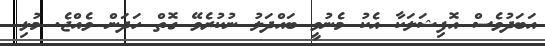
އަބަދުވެސް އޮފިޝަލަކާ އެކު މެނުވީ ބައްދަލު ނުކުރެވޭ ގޮތް ހަދަން ވެއްޖެ. މުޅި